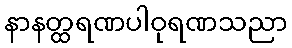
နာနတ္ထရဏပါဝုရဏသညာ